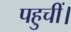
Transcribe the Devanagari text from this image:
पहुचीं।